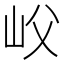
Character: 𡵛